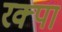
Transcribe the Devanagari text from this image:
रक्पा